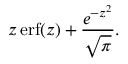
z \operatorname { e r f } ( z ) + { \frac { e ^ { - z ^ { 2 } } } { \sqrt { \pi } } } .